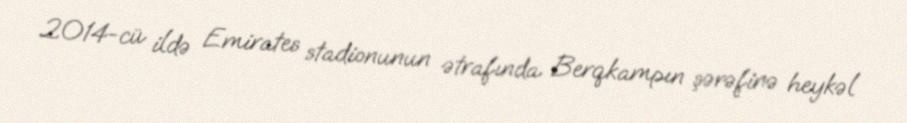
2014-cü ildə Emirates stadionunun ətrafında Berqkampın şərəfinə heykəl